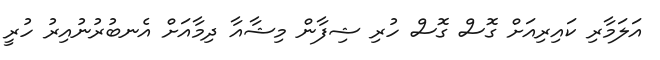
އަލަމާރި ކައިރިއަށް ގޮސް ގޮސް ހުރި ޝިފާން މިޝާއާ ދިމާއަށް އެނބުރުނުއިރު ހުރީ